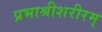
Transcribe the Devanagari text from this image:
प्रभाश्रीशरीरम्